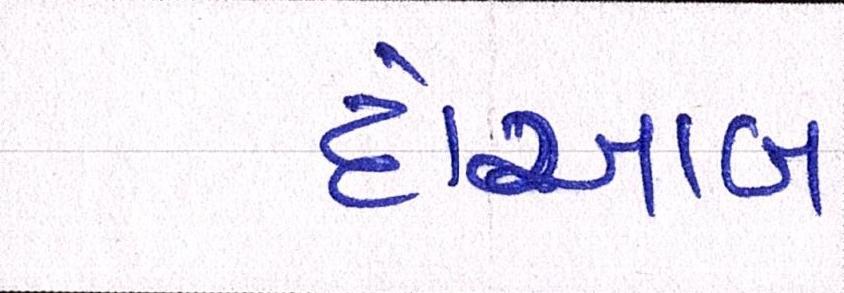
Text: દોઆબ